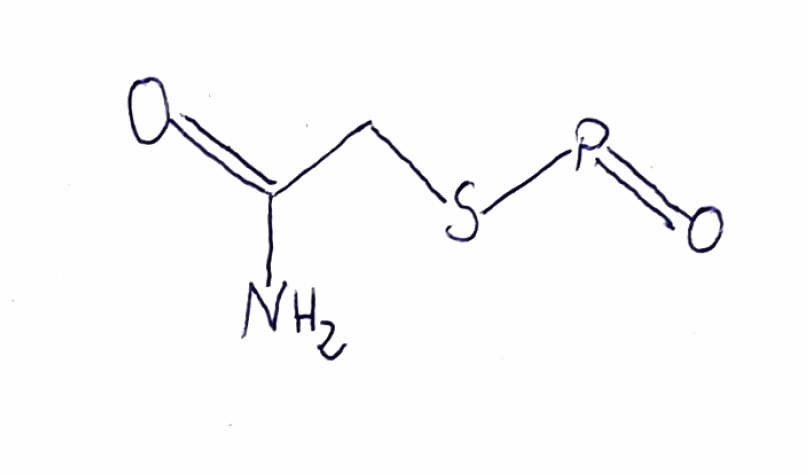
Simplified molecular-input line-entry system (SMILES) notation of the given molecule:
C(C(=O)N)SP=O